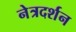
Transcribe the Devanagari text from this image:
नेत्रदर्शन